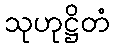
သုဟုဋ္ဌိတံ